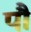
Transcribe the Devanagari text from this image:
पौं